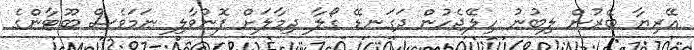
އޭރިޔާ ބޭރުން ލިބުނު ހިލޭޖެހުން ދަގަނޑޭ ގޯލާ ދިމާލަށް ފޮނުވާލި ނަމަވެސް ބޫޓާންގެ